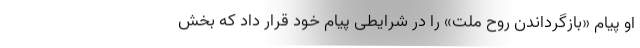
او پیام «بازگرداندن روح ملت» را در شرایطی پیام خود قرار داد که بخش